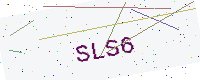
Text: SLS6